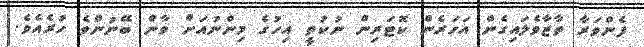
ފެންވަރާ ތާޒާވެލައިގެން އަހަރެން ކޮޓަރިން ނުކުތީ އިހުގެ މިންނުއަށް ވާން ބޭނުންވެ ހުރެއެވެ.